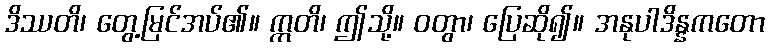
ဒိဿတိ၊ တွေ့မြင်အပ်၏။ ဣတိ၊ ဤသို့။ ဝတွာ၊ ပြေဆို၍။ အနုပါဒိန္နကတော